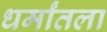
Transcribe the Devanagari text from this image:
धर्मांतला